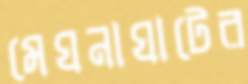
মেঘনাঘাটের